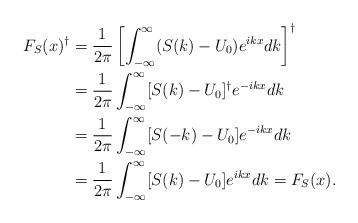
LaTeX: \begin{align*} F_S(x)^\dagger&=\frac{1}{2\pi}\left[\int_{-\infty}^\infty (S(k)-{U_0})e^{ikx}dk\right]^\dag\\ &=\frac{1}{2\pi}\int_{-\infty}^\infty [S(k)-{U_0}]^\dag e^{-ikx}dk\\ &=\frac{1}{2\pi}\int_{-\infty}^\infty [S(-k)-{U_0}]e^{-ikx}dk\\ &=\frac{1}{2\pi}\int_{-\infty}^\infty [S(k)-{U_0}]e^{ikx}dk=F_S(x).\end{align*}